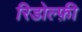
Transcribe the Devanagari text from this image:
रिडोल्फ़ी